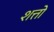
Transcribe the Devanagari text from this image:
शत्तो